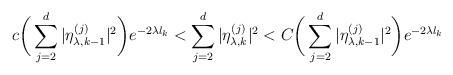
LaTeX: \begin{align*} c \bigg( \sum_{j=2}^{d} |\eta_{\lambda,k-1}^{(j)}|^{2} \bigg) e^{- 2 \lambda l_{k}} < \sum_{j=2}^{d} |\eta_{\lambda,k}^{(j)}|^{2} < C \bigg( \sum_{j=2}^{d} |\eta_{\lambda,k-1}^{(j)}|^{2} \bigg) e^{- 2 \lambda l_{k}}\end{align*}